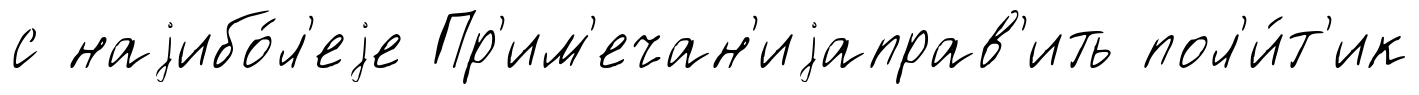
с наjибо́л'еjе Пр'им'ечан'иjаправ'ить пол'и́т'ик